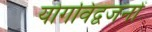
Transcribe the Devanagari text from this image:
योगविद्वजनों